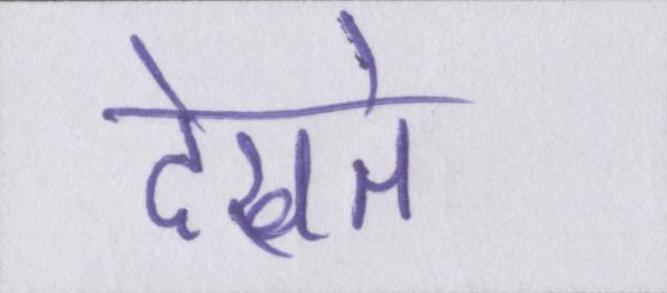
देखते